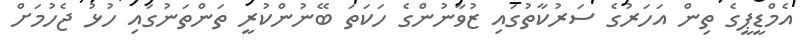
އެމްޑީޕީގެ ތިން އަހަރުގެ ސަރުކާތުގައި ޒުވާނުންގެ ހަކަތަ ބޭނުންކުރީ ތަންތަނުގައި ހުޅު ޖެހުމަށް